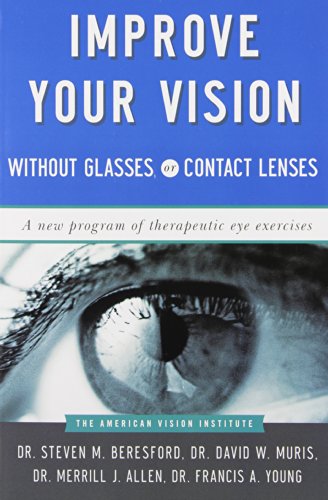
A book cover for Improve Your Vision Without Glasses or Contact Lenses; Steven M. Beresford; Health, Fitness & Dieting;